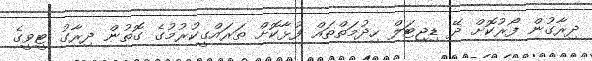
ދިރާގުން ފޯރުކޮށް ދޭ ޑިޖިޓަލް ހިދުމަތްތައް ފުޅާކޮށް ތަރައްގީކުރުމުގެ ގޮތުން ދިރާގު ޓީވީގެ